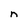
Character: n